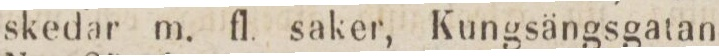
skedar m. fl. saker, Kungsängsgatan